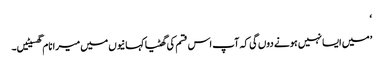
‘
’میں ایسا نہیں ہونے دوں گی کہ آپ اس قسم کی گھٹیا کہانیوں میں میرا نام گھسیٹیں۔